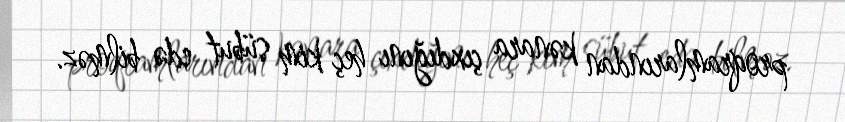
proqramlarından kənara çıxdığını heç kim sübut edə bilməz.